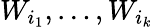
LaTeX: W_{i_{1}},\dots,W_{i_{k}}